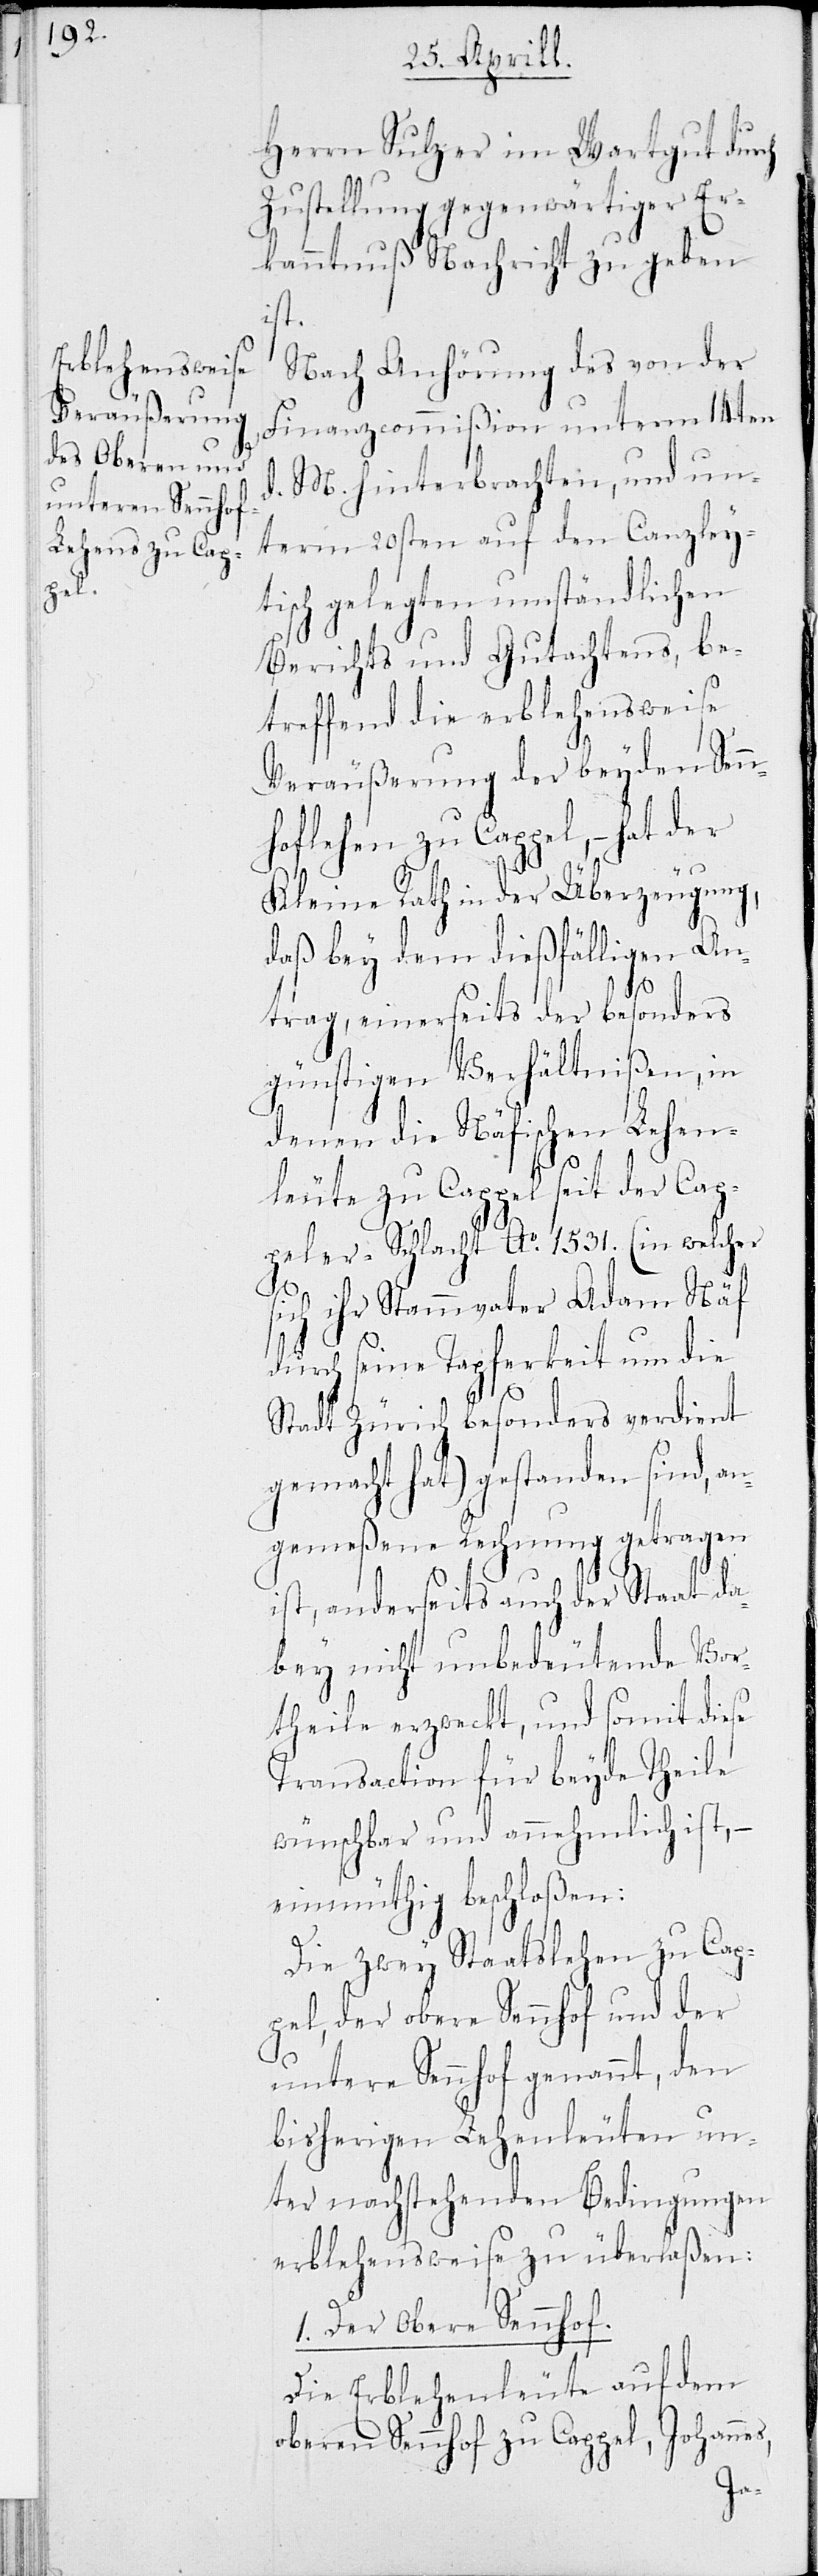
Herrn Sulzer im Wartgut durch
Zustellung gegenwärtiger Er¬
kanntnuß Nachricht zu geben
ist.
Nach Anhörung des von der
Finanzcommißion unterm 14ten
d. M. hinterbrachten, und un¬
term 20sten auf den Canzley¬
tisch gelegten umständlichen
Berichts und Gutachtens, be¬
treffend die erblehensweise
Veräußerung der beyden Senn¬
hoflehen zu Cappel, – hat der
Kleine Rath in der Überzeugung,
daß bey dem dießfälligen An¬
trag, einerseits der besonders
günstigen Verhältnißen, in
denen die Näfischen Lehen¬
leute zu Cappel seit der Cap¬
peler-Schlacht Ao. 1531 (in welcher
sich ihr Stammvater Adam Näf
durch seine Tapferheit um die
Stadt Zürich besonders verdient
gemacht hat) gestanden sind, an¬
gemeßene Rechnung getragen
ist, anderseits auch der Staat da¬
bey nicht unbedeutende Vor¬
theile erzweckt, und somit diese
Transaction für beyde Theile
wünschbar und annehmlich ist, –
einmüthig beschloßen:
Die zwey Staatslehen zu Cap¬
pel, der obere Sennhof und der
untere Sennhof genannt, den
bisherigen Lehenleuten un¬
ter nachstehenden Bedingungen
erblehensweise zu überlaßen:
1. Der Obere Sennhof.
Die Erblehenleute auf dem
oberen Sennhof zu Cappel, Johanne¬
s,